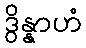
ဒွိန္နာဟံ